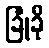
ခြုံခို